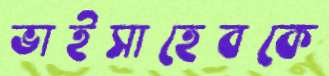
ভাইসাহেবকে